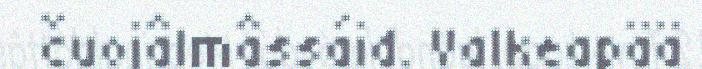
čuojâlmâssáid. Valkeapää